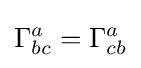
\Gamma _{bc}^{a}=\Gamma _{cb}^{a}